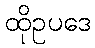
ထိုဥပဒေ